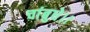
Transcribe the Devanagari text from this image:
चांबुधे।।